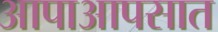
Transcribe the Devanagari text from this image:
आपाआपसात